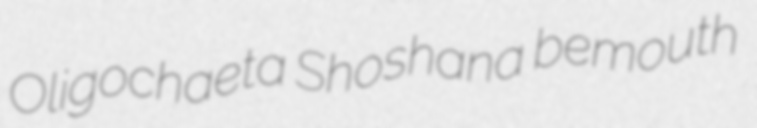
Oligochaeta Shoshana bemouth